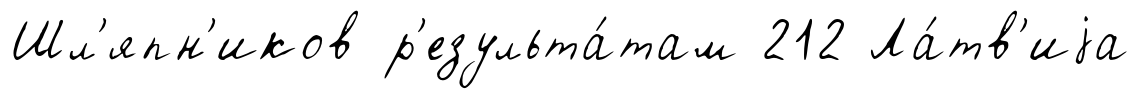
Шл'япн'иков р'езульта́там 212 Ла́тв'иjа